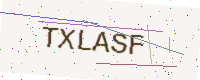
Text: TXLASF